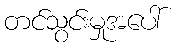
တင်သွင်းမှုအပေါ်